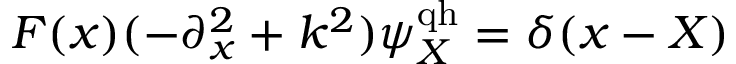
F ( x ) ( - \partial _ { x } ^ { 2 } + k ^ { 2 } ) \psi _ { X } ^ { \mathrm { q h } } = \delta ( x - X )